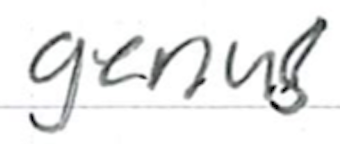
Text: genus
Cross-out: clean
Writing tool: ballpoint